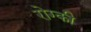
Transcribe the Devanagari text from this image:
रोग्की